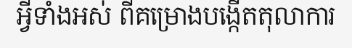
អ្វីទាំងអស់ ពីគម្រោងបង្កើតតុលាការ